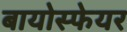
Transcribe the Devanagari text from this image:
बायोस्फेयर